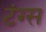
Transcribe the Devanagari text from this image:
टंग्स